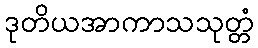
ဒုတိယအာကာသသုတ္တံ